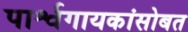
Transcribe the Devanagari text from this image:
पार्श्वगायकांसोबत